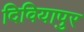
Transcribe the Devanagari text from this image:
दिवियापुर